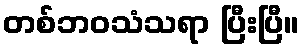
တစ်ဘဝသံသရာ ပြီးပြီ။